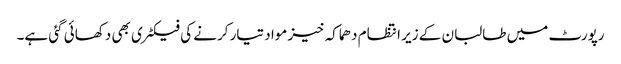
رپورٹ میں طالبان کے زیر انتظام دھماکہ خیز مواد تیار کرنے کی فیکٹری بھی دکھائی گئی ہے۔